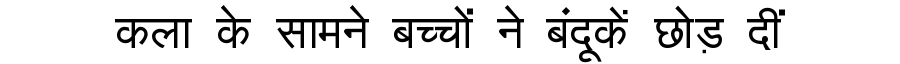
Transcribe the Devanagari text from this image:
कला के सामने बच्चों ने बंदूकें छोड़ दीं